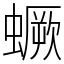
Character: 蟩